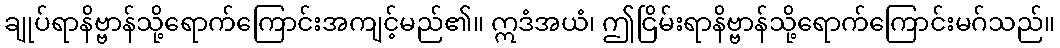
ချုပ်ရာနိဗ္ဗာန်သို့ရောက်ကြောင်းအကျင့်မည်၏။ ဣဒံအယံ၊ ဤငြိမ်းရာနိဗ္ဗာန်သို့ရောက်ကြောင်းမဂ်သည်။